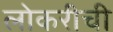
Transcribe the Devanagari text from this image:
लोकरीची